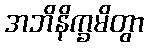
အဘိနိက္ခမိတွာ